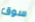
سوق